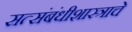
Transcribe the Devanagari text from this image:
सत्संबंधीशास्त्राचे